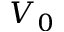
V _ { 0 }